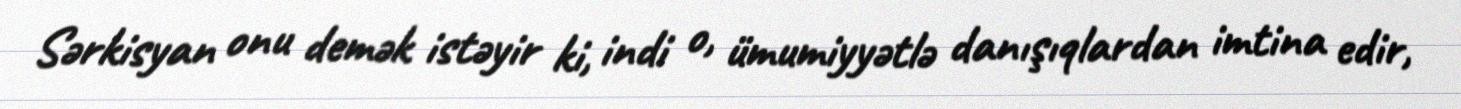
Sərkisyan onu demək istəyir ki, indi o, ümumiyyətlə danışıqlardan imtina edir,